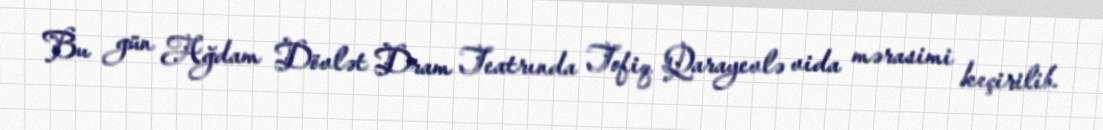
Bu gün Ağdam Dövlət Dram Teatrında Tofiq Qarayevlə vida mərasimi keçirilib.